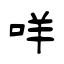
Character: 咩